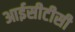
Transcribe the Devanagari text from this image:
आईसीटीसी